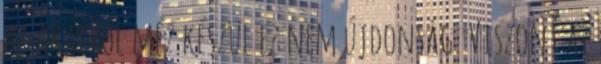
az akácból méz készül ez nem újdonság. Viszont az